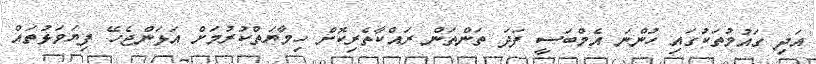
އަދި ގައުމުތަކުގައި ހުންނަ އެމްބަސީ ފަދަ ތަންތަން ރައްކާތެރިކޮށް ހިމާޔަތްކުރުމަށް އަޅަންޖެހޭ ފިޔަވަޅުތައް